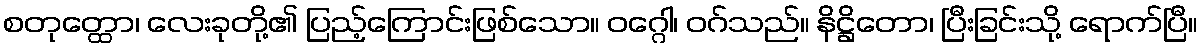
စတုတ္ထော၊ လေးခုတို့၏ ပြည့်ကြောင်းဖြစ်သော။ ဝဂ္ဂေါ၊ ဝဂ်သည်။ နိဋ္ဌိတော၊ ပြီးခြင်းသို့ ရောက်ပြီ။